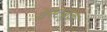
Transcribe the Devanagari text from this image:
वॅस्टब्रुक